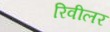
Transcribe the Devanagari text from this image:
रिवीलर